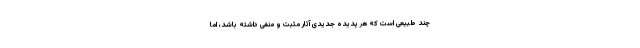
چند طبیعی است که هر پدیده جدیدی آثار مثبت و منفی داشته باشد، اما